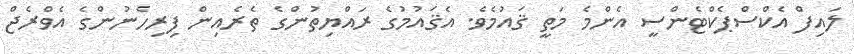
ލައިފް އެކްސްޕެކްޓެންސީ އެންމެ މަތީ ޤައުމެވެ. އެޤައުމުގެ ރައްޔިތުންގެ ތެރެއިން ފިރިހެނުންގެ އެވްރެޖް